Vaccination North-Western Provinces 1866-1877 - 1866-1877
Year: 1866
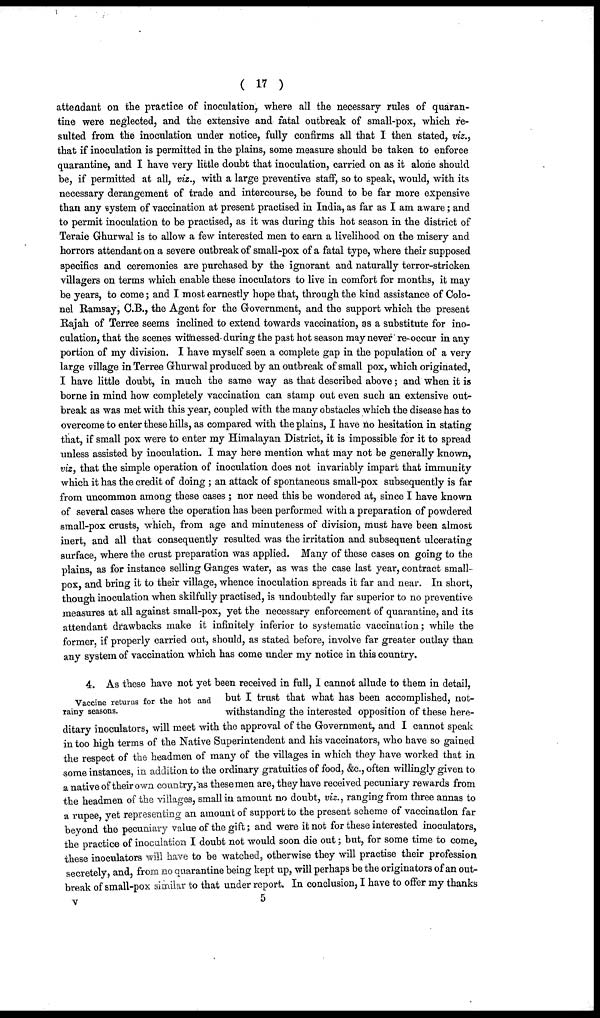
( 17 )
attendant on the practice of inoculation, where all the necessary rules of quaran-
tine were neglected, and the extensive and fatal outbreak of small-pox, which re-
sulted from the inoculation under notice, fully confirms all that I then stated, viz.,
that if inoculation is permitted in the plains, some measure should be taken to enforce
quarantine, and I have very little doubt that inoculation, carried on as it alone should
be, if permitted at all, viz., with a large preventive staff, so to speak, would, with its
necessary derangement of trade and intercourse, be found to be far more expensive
than any system of vaccination at present practised in India, as far as I am aware; and
to permit inoculation to be practised, as it was during this hot season in the district of
Teraie Ghurwal is to allow a few interested men to earn a livelihood on the misery and
horrors attendant on a severe outbreak of small-pox of a fatal type, where their supposed
specifics and ceremonies are purchased by the ignorant and naturally terror-stricken
villagers on terms which enable these inoculators to live in comfort for months, it may
be years, to come; and I most earnestly hope that, through the kind assistance of Colo-
nel Ramsay, C.B., the Agent for the Government, and the support which the present
Rajah of Terree seems inclined to extend towards vaccination, as a substitute for ino-
culation, that the scenes witnessed- during the past hot season may never re-occur in any
portion of my division. I have myself seen a complete gap in the population of a very
large village in Terree Ghurwal produced by an outbreak of small pox, which originated,
I have little doubt, in much the same way as that described above; and when it is
borne in mind how completely vaccination can stamp out even such an extensive out-
break as was met with this year, coupled with the many obstacles which the disease has to
overcome to enter these hills, as compared with the plains, I have no hesitation in stating
that, if small pox were to enter my Himalayan District, it is impossible for it to spread
unless assisted by inoculation. I may here mention what may not be generally known,
viz, that the simple operation of inoculation does not invariably impart that immunity
which it has the credit of doing ; an attack of spontaneous small-pox subsequently is far
from uncommon among these cases ; nor need this be wondered at, since I have known
of several cases where the operation has been performed with a preparation of powdered
small-pox crusts, which, from age and minuteness of division, must have been almost
inert, and all that consequently resulted was the irritation and subsequent ulcerating
surface, where the crust preparation was applied. Many of these cases on going to the
plains, as for instance selling Ganges water, as was the case last year, contract small-
pox, and bring it to their village, whence inoculation spreads it far and near. In short,
though inoculation when skilfully practised, is undoubtedly far superior to no preventive
measures at all against small-pox, yet the necessary enforcement of quarantine, and its
attendant drawbacks make it infinitely inferior to systematic vaccination; while the
former, if properly carried out, should, as stated before, involve far greater outlay than
any system of vaccination which has come under my notice in this country.
Vaccine returns for the hot and
rainy seasons.
4. As these have not yet been received in full, I cannot allude to them in detail,
but I trust that what has been accomplished, not-
withstanding the interested opposition of these here-
ditary inoculators, will meet with the approval of the Government, and I cannot speak
in too high terms of the Native Superintendent and his vaccinators, who have so gained
the respect of the headmen of many of the villages in which they have worked that in
some instances, in addition to the ordinary gratuities of food, &c., often willingly given to
a native of their own country, as these men are, they have received pecuniary rewards from
the headmen of the villages, small in amount no doubt, viz., ranging from three annas to
a rupee, yet representing an amount of support to the present scheme of vaccination far
beyond the pecuniary value of the gift; and were it not for these interested inoculators,
the practice of inoculation I doubt not would soon die out; but, for some time to come,
these inoculators will have to be watched, otherwise they will practise their profession
secretely, and, from no quarantine being kept up, will perhaps be the originators of an out-
break of small-pox similar to that under report. In conclusion, I have to offer my thanks
v
5